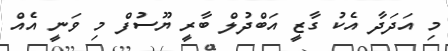
މި އަދަދާ އެކު ގާޒީ އަބްދުލް ބާރީ ޔޫސުފް މި ވަނީ އެއް